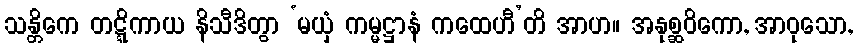
သန္တိကေ တဋ္ဋိကာယ နိသီဒိတွာ ‘မယှံ ကမ္မဋ္ဌာနံ ကထေဟီ’တိ အာဟ။ အနုစ္ဆဝိကော, အာဝုသော,